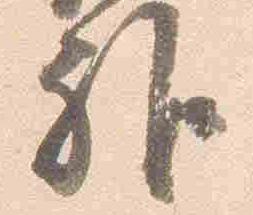
雅